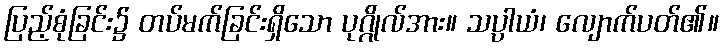
ပြည့်စုံခြင်း၌ တပ်မက်ခြင်းရှိသော ပုဂ္ဂိုလ်အား။ သပ္ပာယံ၊ လျောက်ပတ်၏။